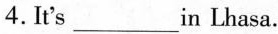
4.It's ___ in Lhasa.